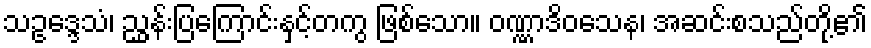
သဥဒ္ဒေသံ၊ ညွှန်းပြကြောင်းနှင့်တကွ ဖြစ်သော။ ဝဏ္ဏာဒိဝသေန၊ အဆင်းစသည်တို့၏